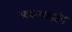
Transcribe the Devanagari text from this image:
साफसफाईचं